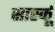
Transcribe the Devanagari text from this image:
सार्स्कू